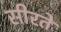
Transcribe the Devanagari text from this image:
सीरते